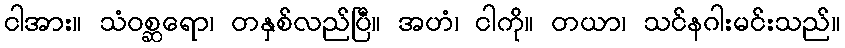
ငါအား။ သံဝစ္ဆရော၊ တနှစ်လည်ပြီ။ အဟံ၊ ငါကို။ တယာ၊ သင်နဂါးမင်းသည်။